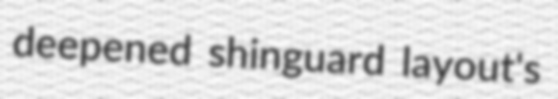
deepened shinguard layout's